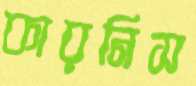
কারনিস